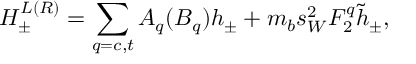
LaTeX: H _ { \pm } ^ { L ( R ) } = \displaystyle \sum _ { q = c , t } A _ { q } ( B _ { q } ) h _ { \pm } + m _ { b } s _ { W } ^ { 2 } F _ { 2 } ^ { q } \tilde { h } _ { \pm } ,